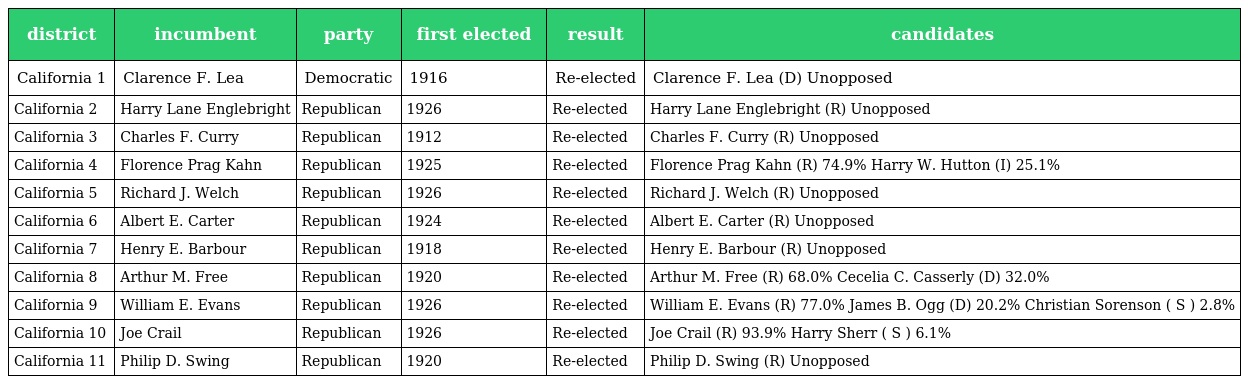
| district | incumbent | party | first elected | result | candidates |
 | --- | --- | --- | --- | --- | --- |
 | California 1 | Clarence F. Lea | Democratic | 1916 | Re-elected | Clarence F. Lea (D) Unopposed |
 | California 2 | Harry Lane Englebright | Republican | 1926 | Re-elected | Harry Lane Englebright (R) Unopposed |
 | California 3 | Charles F. Curry | Republican | 1912 | Re-elected | Charles F. Curry (R) Unopposed |
 | California 4 | Florence Prag Kahn | Republican | 1925 | Re-elected | Florence Prag Kahn (R) 74.9% Harry W. Hutton (I) 25.1% |
 | California 5 | Richard J. Welch | Republican | 1926 | Re-elected | Richard J. Welch (R) Unopposed |
 | California 6 | Albert E. Carter | Republican | 1924 | Re-elected | Albert E. Carter (R) Unopposed |
 | California 7 | Henry E. Barbour | Republican | 1918 | Re-elected | Henry E. Barbour (R) Unopposed |
 | California 8 | Arthur M. Free | Republican | 1920 | Re-elected | Arthur M. Free (R) 68.0% Cecelia C. Casserly (D) 32.0% |
 | California 9 | William E. Evans | Republican | 1926 | Re-elected | William E. Evans (R) 77.0% James B. Ogg (D) 20.2% Christian Sorenson ( S ) 2.8% |
 | California 10 | Joe Crail | Republican | 1926 | Re-elected | Joe Crail (R) 93.9% Harry Sherr ( S ) 6.1% |
 | California 11 | Philip D. Swing | Republican | 1920 | Re-elected | Philip D. Swing (R) Unopposed |